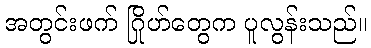
အတွင်းဖက် ဂြိုဟ်တွေက ပူလွန်းသည်။